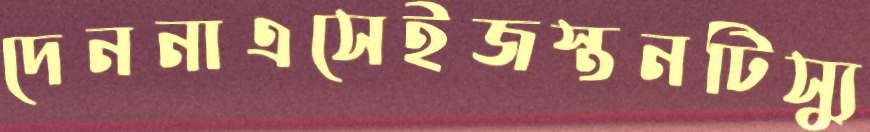
দেননাএসেইজস্তনটিস্যু